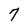
Character: 7